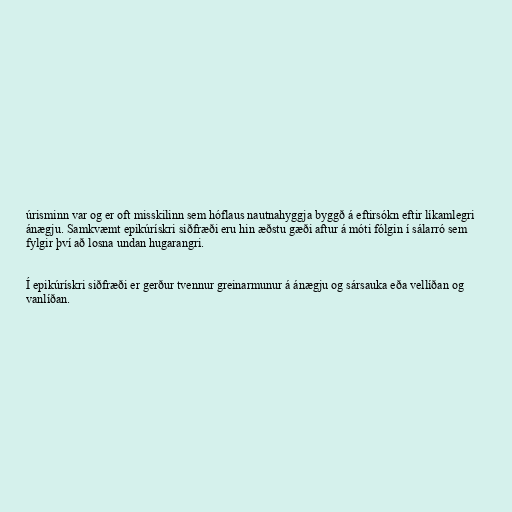
úrisminn var og er oft misskilinn sem hóflaus nautnahyggja byggð á eftirsókn eftir líkamlegri
ánægju. Samkvæmt epikúrískri siðfræði eru hin æðstu gæði aftur á móti fólgin í sálarró sem
fylgir því að losna undan hugarangri.

Í epikúrískri siðfræði er gerður tvennur greinarmunur á ánægju og sársauka eða vellíðan og
vanlíðan.